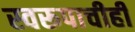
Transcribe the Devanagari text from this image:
स्वरूपाचीही